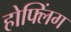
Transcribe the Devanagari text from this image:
होफ्लिंग